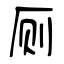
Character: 厕